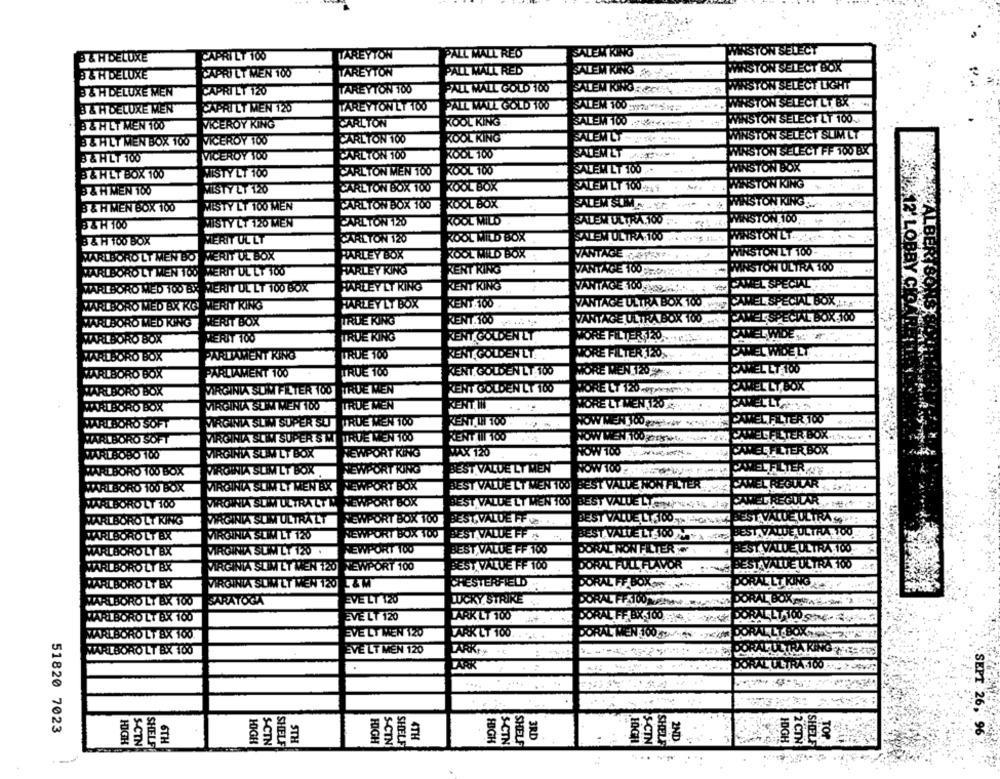
PALL MALL RED
SALEN KING
WINSTON SELECT
3 & HDELUXE
CAPRI LT 100
TAREYTON
PALL MALL RED
SALENK
STON SELECT BOX
3 &H DELUXE
CAPRI LT MEN 100
TAREYTON
ANISTON SELECT LIGHT
3 & H DELUXE MEN
CAPRI LT 120
TAREYTON 100
PALL MALL GOLD 100
SALEM KINGECOM
CAPRI LT MEN 120
TAREYTON LT 100
PALL MALL GOLD 100
SALEM 100 12.dk
MASTON SELECT LT BX
3 & H DELUXE MEN
VICEROY KING
CARLTON
KOOL KING.
SALEM 100 .
MINSTON SELECT LT 100
B & HET MEN 100
CARLTON 100
KOOL KING
SALEN LT - 2 2 20
SALEM LT - p
MINSTON SELECT SLIM LT
B & HLT MEN BOX 100
VICEROY 100
VICEROY 100
CARLTON 100
KOOL 100
SALENLT AM
WINSTON SELECT FF 100 BX
100 BXX
3 & HLT 100
CARLTON MEN 100
KOOL 100
SALEN LT 100
WINSTON BOX
B &HET BOX 100
MISTY LT 100
CARLTON BOX 100
KOOL BOX
WINSTON KING
B &HMEN 100
MISTY LT 120
SALEM LT 100Prat
WINSTON RING
B & H MEN BOX 100
MISTY LT 100 MEN
CARLTON BOX 100
ROOL BOX
SALEM SUNN O
WINSTON 100
WWINSTON 100
B & H 100
MISTY LT 120 MEN
CARLTON 120
KOOL MILD
SALEN ULTRA.100
3 & H 100 BOX
MERIT UL LT
CARLTON 120
KOOL MILD BOX
SALEN ULTRA 100
WINSTON LT ..
MARLBORO LT MEN BO WERIT UL BOX
HARLEY BOX
KOOL MILD BOX
VANTAGE porExe ....
VANTAGE parax+ ...
VANTAGE DOYEN
WINSTON LT 100
MARLBORO LT MEN 100 WERIT UL LT 100
HARLEY KING
RENT RING
VANTAGE 100
WINSTON ULTRA 100
MARLBORO MED 100 BY: MERIT UL LT 100 BOX
HARLEY LT RING
RENT RING
VANTAGE 100 X8
-
CAMEL SPECIAL
RENT 100
VANTAGE ULTRA BOX 100
CAMEL SPECIAL BOX,LI
BY CIO
& SONS
WARLBORO MED BX KG MERIT KING
HARLEY LT BOX
AGE ULTRA BOX 100
CANEL SPECIAL BOX 100
MARLBORO MED KING
HERIT BOX
TRUE KING
RENT.100
WARLBORO BOX
VERIT 100
TRUE KING
KENT GOLDEN LT
WORE FILTER, 20
MARLBORO BOX
PARLIAMENT KING
TRUE 100
RENT. GOLDEN LT ..
VORE FILTER 120.
CAMEL WIDELT
MARLBORO BOX
PARLIAMENT 100
TRUE 100
RENT. GOLDEN LT 100
MORE MEN 120
PANEL LT 100
TRUE MEN
RENT GOLDEN LT 100
WORE LT 120 px " ,
WORE LT 120-
PAWEL LT, BOX
CAMEL LT, BOX
MARLBORO BOX
VIRGINIA SUM FILTER 100
TRUE MEN
IORE LT MEN,
WELLT
MARLBORO BOX
VIRGINIA SLIM MEN 100
RENT, WW.
.. .
TRUE MEN 100
NOW MEN YOO
PAWEL FILTER 1
MARLBORO SOFT
VIRGINIA SLIMM SUPER SET
RENT IN 100 .
MELF
MARLBORO SOFT
VIRGINIA SLIM SUPER S W
TRUE WEN 100
RENT III 1001
NOW WWEN 100grgwb. "
NEWPORT KING
WX 120
WARLBOBO 100
VIRGINIA SUAW LT BOX
TOW 100 .WW
WARLBORO 100 BOX
VIRGINIA SLIM LT BOX
NEWPORT RING
BEST VALUE LY MEN
LTER
MARLBORO 100 BOX
VIRGINIA SLIM LT MEN BW
NEWPORT BOX
BEST VALUE LT WEN 100
BEST VALUE NON FILTER
EL
MARLBORO LT 100
WROWNIA SLIM ULTRA LT M
NEWPORT BOX
BEST VALUE LT MEN 100 BEST VALUE LTONINN
ELREGUL
MARLBORO LT KING
VIRGINIA SLIM ULTRALT
NEWPORT BOX 100
BEST VALUE FF
BEST VALUE LT,100.
EST VALUE UL
WARLBORO LT BX
VIRGINIA SLIM LT 120
NEWPORT BOX 100
BEST VALUE FFS
BEST VALUE LT TO
WARLBORO LY BX
VIRGINIA SUM LT 120 .
NEWPORT 100
BEST VALUE FF 100
ORAL NON FILT
4.100
WARLBORO LT BX
VIRGINIA SLIMET EN 120
NEWPORT 100
BEST VALUE FF 100
ORAL FULL F
MARLBORO LT BK
VIRGINIA SLIM ET MEN 120
CHESTERFIELD
ORAL
SARATOGA
EVE LT 120
LUCKY STRIKE
PRAL FFATOONUFER
MARLBORO LT BX 100
EVE LT 120
TARK LT 100
RAL FF BX 100
WARLBORO LT BX 100
MARLBORO LT &X 100.
EVE LY MEN 120
LARK LT 100
DORAL MEN 100g
MARLBORO LT BX 100
EVE LT MEN 120
PARK
51820 7023
SHEZ
SEPT 26, 96
6TH
STH
4TH
3RD
S-CTN
SHELF
2ND
HIGH
S-CTN
SHELF
HIGH
S-CIN
SHELF
HIGH
S-CIN
SHELF
HIGH
S-CTIN
SHELF